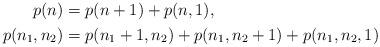
LaTeX: \begin{align*}\begin{aligned}p(n) &= p(n + 1 ) + p(n,1), \\p(n_1,n_2) &= p(n_1+1, n_2)+ p(n_1 ,n_2+1) + p( n_1 , n_2, 1) \end{aligned}\end{align*}